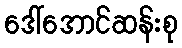
ဒေါ်အောင်ဆန်းစု